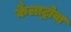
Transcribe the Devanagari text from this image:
कैलाट्रोवा